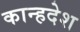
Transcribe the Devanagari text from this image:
कान्हदेश